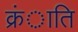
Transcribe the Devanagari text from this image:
क्रंाति